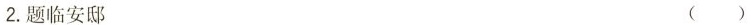
2.题临安邸 ()